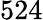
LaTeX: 524